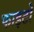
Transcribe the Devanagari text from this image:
फाइटो